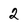
Character: 2